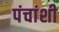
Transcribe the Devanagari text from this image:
पंचांशी